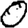
Digit: 0